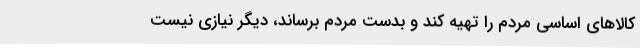
کالاهای اساسی مردم را تهیه کند و بدست مردم برساند، دیگر نیازی نیست